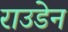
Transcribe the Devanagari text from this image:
राउडेन